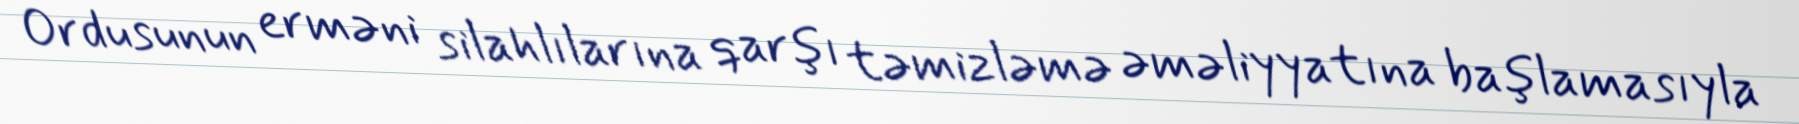
Ordusunun erməni silahlılarına qarşı təmizləmə əməliyyatına başlamasıyla